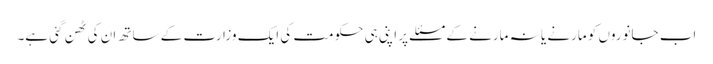
اب جانوروں کو مارنے یا نہ مارنے کے مسئلے پر اپنی ہی حکومت کی ایک وزارت کے ساتھ ان کی ٹھن گئی ہے۔